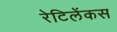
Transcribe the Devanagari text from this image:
रेटिलेंकस